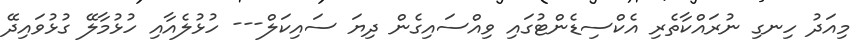
މިއަދު ހިނގި ނުރައްކާތެރި އެކްސިޑެންޓުގައި ވިއްސައިގެން ދިޔަ ސައިކަލް--- ހުޅުލެއާއި ހުޅުމާލޭ ގުޅުވައިދޭ